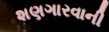
શણગારવાની